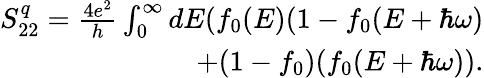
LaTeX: \begin{array}{r}{{S_{22}^{q}=\frac{4e^{2}}{h}\int_{0}^{\infty}dE(f_{0}(E)(1-f_{0}(E+\hbar\omega)}}\\ {{+(1-f_{0})(f_{0}(E+\hbar\omega))}.}\end{array}